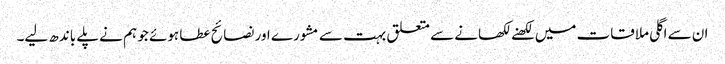
ان سے اگلی ملاقات میں لکھنے لکھانے سے متعلق بہت سے مشورے اور نصائح عطا ہوئے جو ہم نے پلے باندھ لیے۔